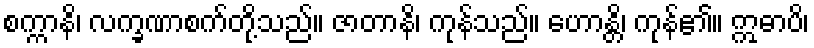
စက္ကာနိ၊ လက္ခဏာစက်တို့သည်။ ဇာတာနိ၊ ကုန်သည်။ ဟောန္တိ၊ ကုန်၏။ ဣဓာပိ၊